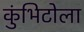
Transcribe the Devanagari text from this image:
कुंभिटोला